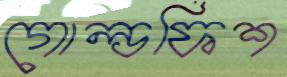
গোল্ডফিশ